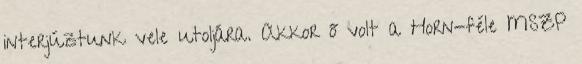
interjúztunk vele utoljára. Akkor ő volt a Horn-féle MSZP